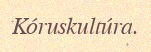
Kóruskultúra.